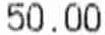
50.00